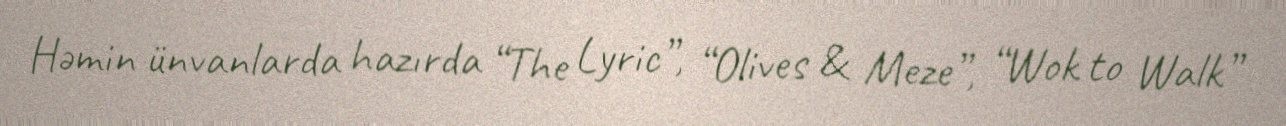
Həmin ünvanlarda hazırda “The Lyric”, “Olives & Meze”, “Wok to Walk”